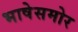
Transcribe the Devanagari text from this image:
भाषेसमोर